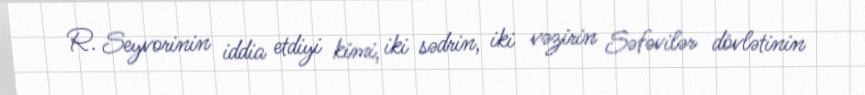
R. Seyvorinin iddia etdiyi kimi, iki sədrin, iki vəzirin Səfəvilər dövlətinin